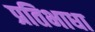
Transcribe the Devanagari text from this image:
प्रतिभाधा